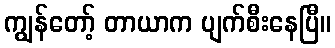
ကျွန်တော့် တာယာက ပျက်စီးနေပြီ။